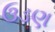
ઉડણ